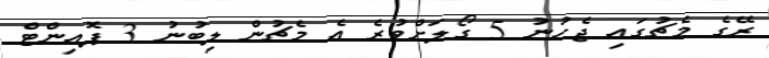
ރޭގެ މެޗުގައި ޖެހުނު 5 ގޯލަށްވުރެ އެ މެޗުން ލިބުނު 3 ޕޮއިންޓް